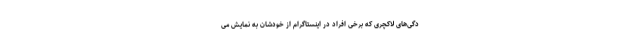
دگی‌های لاکچری که برخی افراد در اینستاگرام از خودشان به نمایش می‌